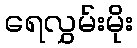
ရေလွှမ်းမိုး